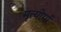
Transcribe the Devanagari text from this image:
मृत्योर्मा